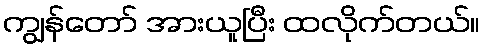
ကျွန်တော် အားယူပြီး ထလိုက်တယ်။